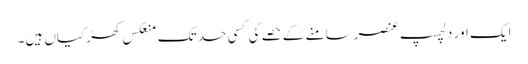
ایک اور دلچسپ عنصرسامنے کے حصے کی کسی حد تک منعکس کھڑکیاں ہیں۔